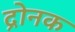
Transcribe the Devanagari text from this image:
द्रोनक